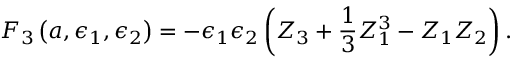
{ \cal F } _ { 3 } \left( a , \epsilon _ { 1 } , \epsilon _ { 2 } \right) = - \epsilon _ { 1 } \epsilon _ { 2 } \left( Z _ { 3 } + \frac { 1 } { 3 } Z _ { 1 } ^ { 3 } - Z _ { 1 } Z _ { 2 } \right) .